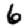
Digit: 6